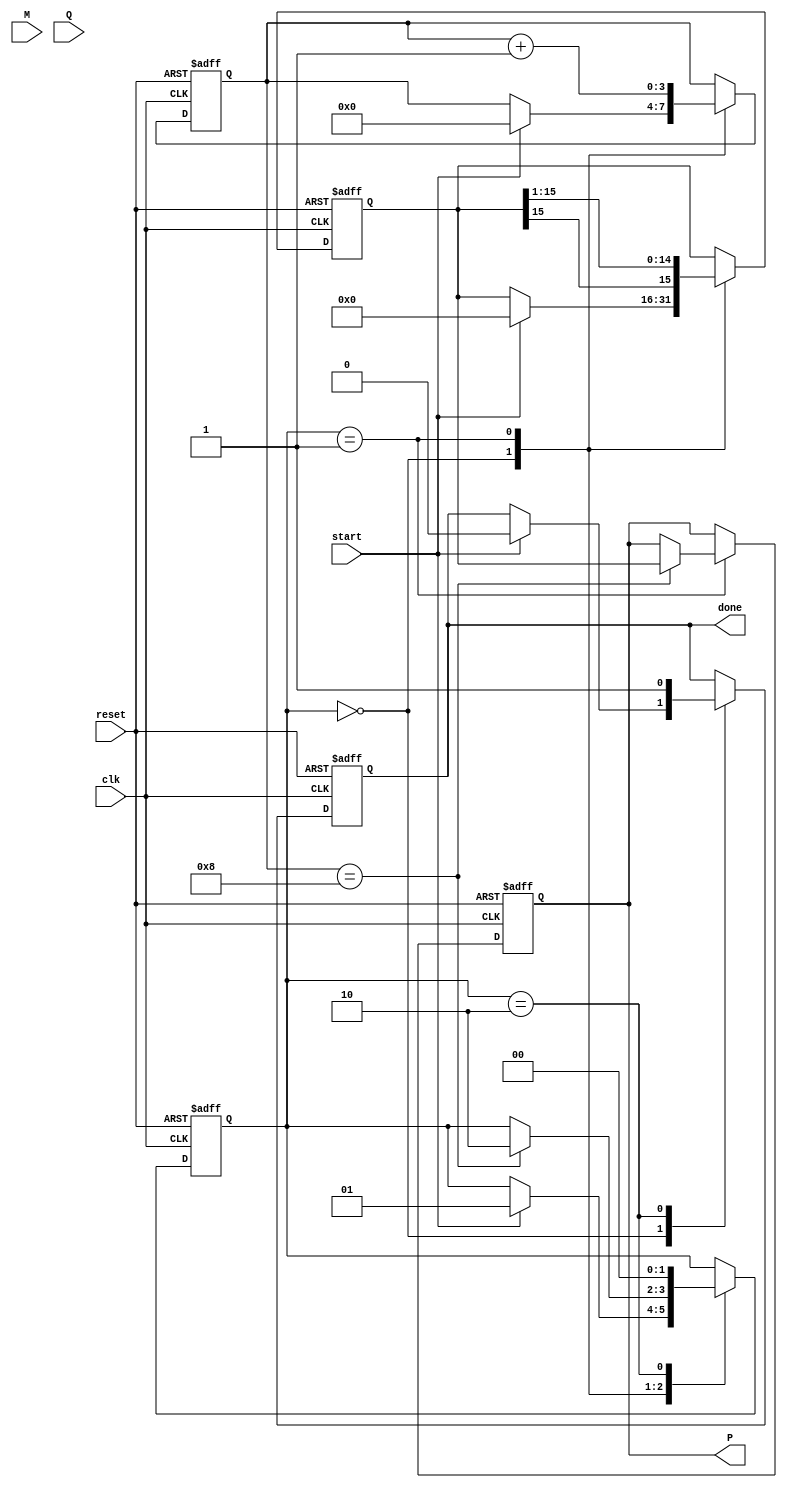
module modified_booth_multiplier #(parameter n = 8) (
    input wire clk,
    input wire reset,
    input wire start,
    input wire signed [n-1:0] M, // Multiplicand
    input wire signed [n-1:0] Q, // Multiplier
    output reg signed [2*n-1:0] P, // Product
    output reg done // Indicates completion of multiplication
);

    reg signed [n-1:0] M_reg;
    reg signed [n:0] Q_reg; // Extended Q with an extra bit for Booth's algorithm
    reg signed [2*n-1:0] A; // Accumulator
    reg [3:0] count; // Counter for iterations
    reg [1:0] state; // State for control logic

    localparam IDLE = 2'b00, RUN = 2'b01, DONE = 2'b10;

    always @(posedge clk or posedge reset) begin
        if (reset) begin
            P <= 0;
            A <= 0;
            Q_reg <= 0;
            M_reg <= 0;
            count <= 0;
            state <= IDLE;
            done <= 0;
        end else begin
            case (state)
                IDLE: begin
                    if (start) begin
                        M_reg <= M;
                        Q_reg <= {1'b0, Q}; // Extend Q with an extra bit
                        A <= 0; // Initialize accumulator
                        count <= 0;
                        state <= RUN;
                        done <= 0;
                    end
                end
                
                RUN: begin
                    case ({Q_reg[1:0]}) // Check the last two bits of Q
                        2'b00: begin
                            // No operation
                        end
                        2'b01: begin
                            // Add M to A
                            A <= A + {M_reg, n'b0}; // Shift M left by n bits
                        end
                        2'b10: begin
                            // Subtract M from A
                            A <= A - {M_reg, n'b0}; // Shift M left by n bits
                        end
                        2'b11: begin
                            // No operation
                        end
                    endcase

                    // Shift right A and Q
                    A <= {A[2*n-1], A[2*n-1:1]}; // Shift A right
                    Q_reg <= {A[0], Q_reg[n-1:1]}; // Shift Q right and bring down the LSB of A

                    count <= count + 1;

                    if (count == n) begin
                        P <= A; // Store the product
                        state <= DONE; // Move to done state
                    end
                end
                
                DONE: begin
                    done <= 1; // Indicate multiplication is done
                    state <= IDLE; // Go back to idle state
                end
            endcase
        end
    end
endmodule